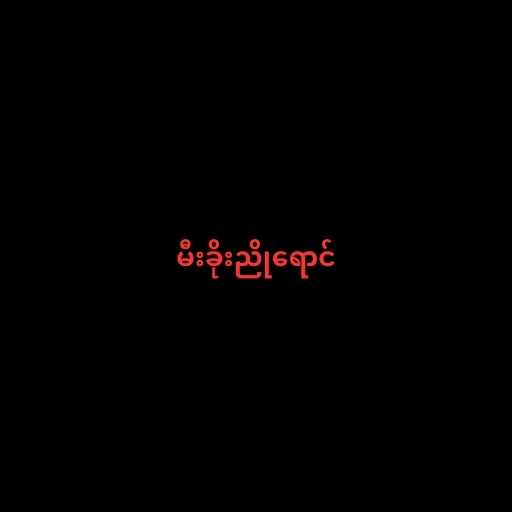
မီးခိုးညိုရောင်